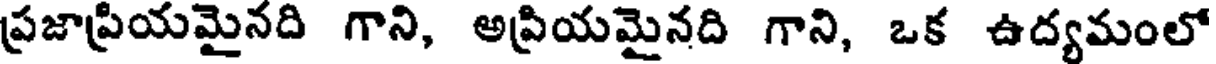
ప్రజాప్రియమైనది గాని, అప్రియమైనది గాని, ఒక ఉద్యమంలో